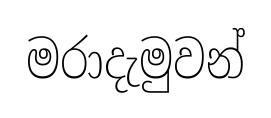
මරාදැමුවන්